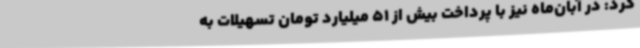
کرد: در آبان‌ماه نیز با پرداخت بیش از 51 میلیارد تومان تسهیلات به